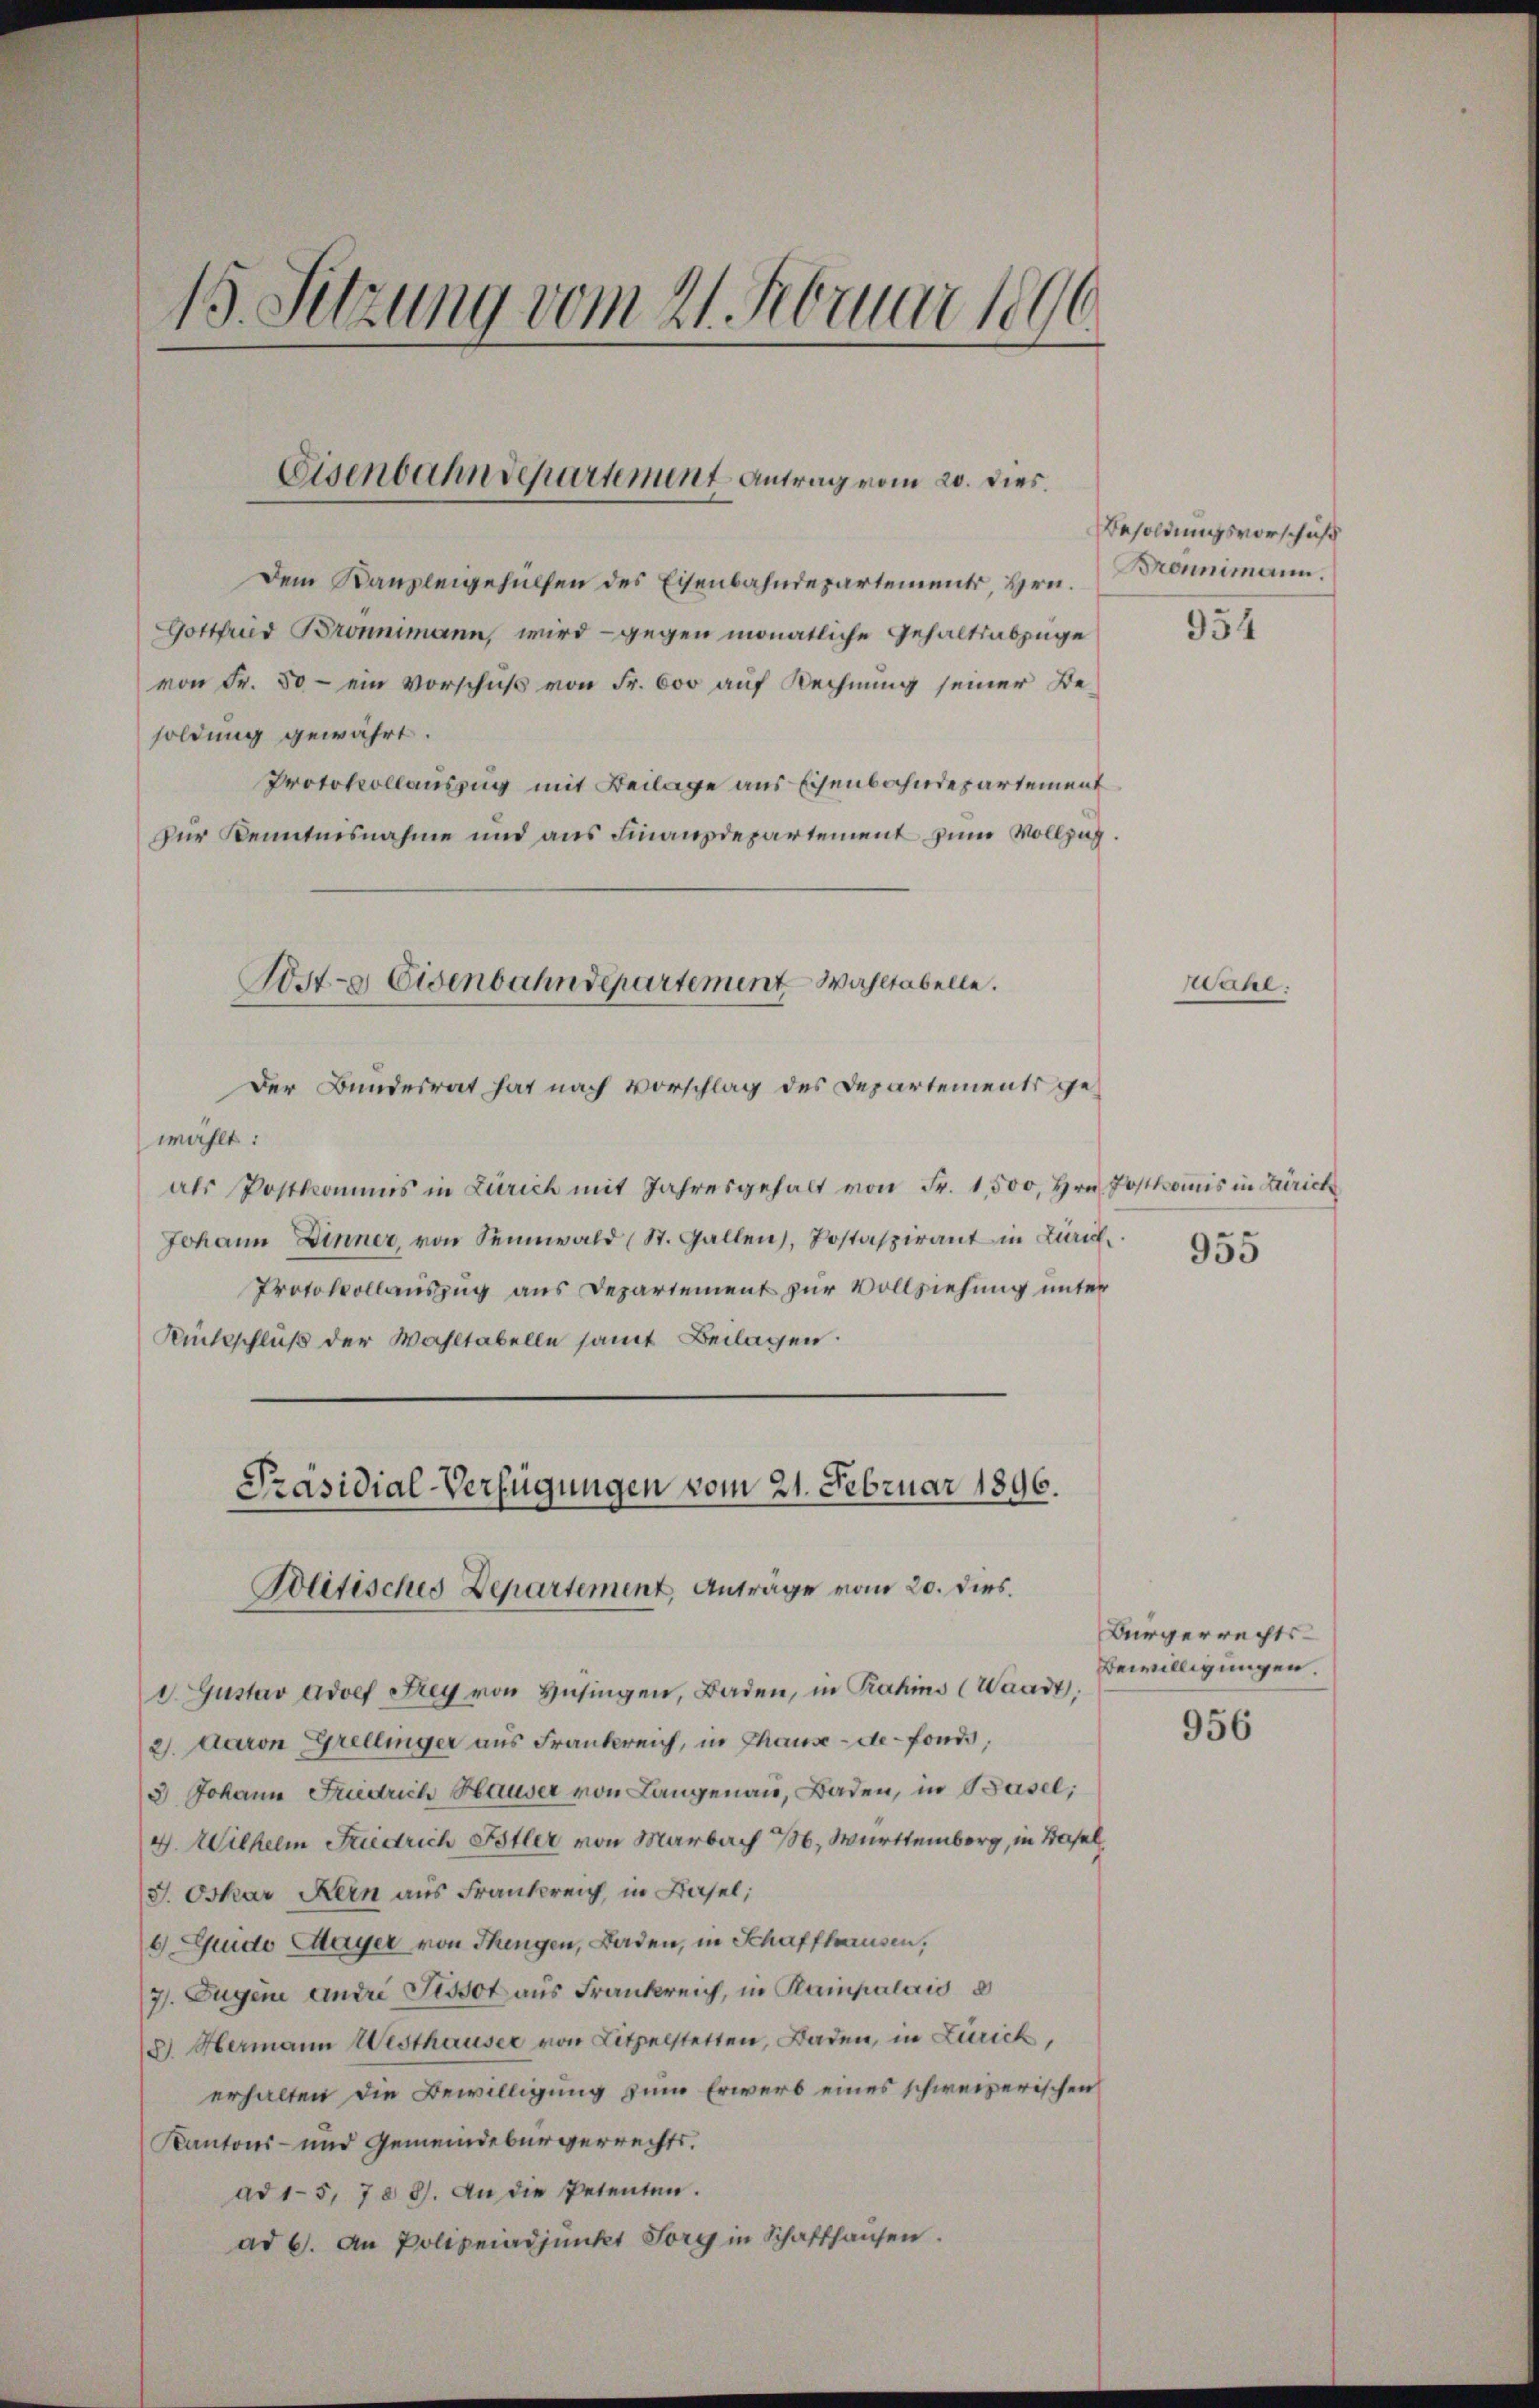
15. Sitzung vom 21. Februar 1896

Eisenbahndepartement Antrag vom 20. dies

Dem Kanzleigehülfen des Eisenbahndepartement, Hrn. Bronimann.
Gottfrid Bronimann, wird - gegen monatliche Gehaltsabzüge
von Fr. 50 - ein Vorschuß von Fr. 600 auf Rechnung seiner Besoldung gewährt.
Protokollauszug mit Beilage aus Eisenbahndepartement
zur Kenntnisnahme und aus Finanzdepartement zum Vollzug.
Post- & Eisenbahndepartement Wahltabelle.

Der Bundesrat hat nach Vorschlag des Departements gewählt:
als Postkommis in Zürich mit Jahresgehalt von Fr. 1,500, Hrn. Postkomis in Zürich
Johann Dinner, von Sennwald (St. Gallen, Postaspirant in Zürich¬
Protokollauszug aus Departement zur Vollziehung unter
Rückschluß der Wahltabelle samt Beilagen.

Präsidial-Verfügungen vom 21. Februar 1896.
Politisches Departement, Anträge vom 20. dies.

d. Gustav Adolf Frey von Hüsingen, Baden, in Trains (Waadt,
2). Daron Grellinger aus Frankreich, in Thause de fonds,
3 Johann Friedrich Hauser von Langenau, Baden, in Basel,
4. Wilhelm Fridrich Pstler von Marbach 176, Württemberg, in Basel
(J. Oskar Kein aus Frankreich, in Basel,
6 Guido Mayer von Thingen, Baden, in Schaffhausen,
7. Jugeni eindri Tissot aus Frankreich, in Rampalais d
8) Hermann Westhauser von Litzelstetten, Baden, in Zürich,
erhalten die Bewilligung zum Erwerb eines schweizerischen
Kantons- und Gemeindebürgerrechts.
ad 15, 708). An die Petenten.
ad 6. An Polizeiadjunkt Sorg in Schaffhausen.

Besoldungsvorschaft
954

Wahe.

955

Bürgerrechts-
Bewilligungen.

956